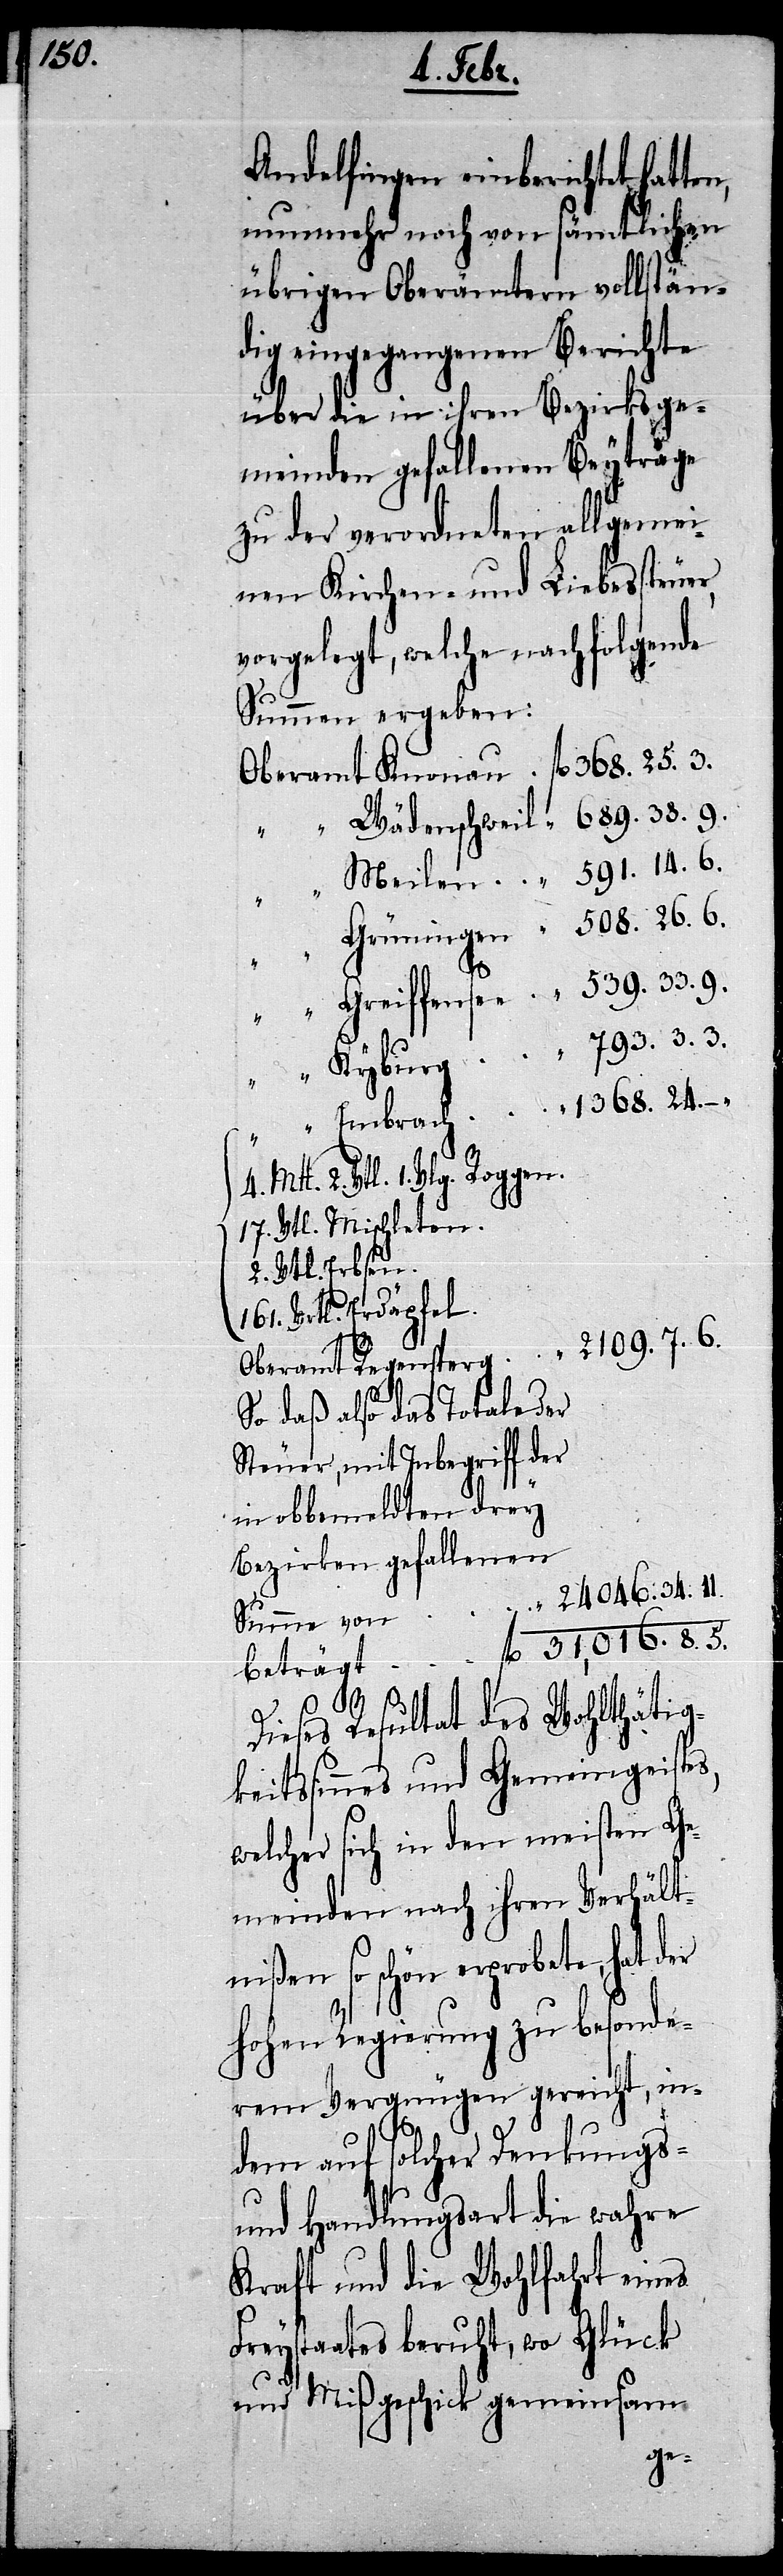
31,016.

4. Mtt.
Andelfingen einberichtet hatte¬
nunmehr noch von sämtlichen
übrigen Oberämtern vollstän¬
dig eingegangenen Berichte
über die in ihren Bezirksge¬
meinden gefallenen Beyträge
zu der verordneten allgemei¬
nen Kirchen- und Liebessteuer,
vorgelegt, welche nachfolgende
Summen ergeben:
8.
2. Vtl. 1. Vlg. Roggen.
17. Vtl. Mischleten.
2. Vtl. Erbsen.
161. Vrtl. Erdäpfel.
2109. 7. 6.
So daß also das Totale der
Steuer, mit Inbegriff der
in obbemeldten drey
Bezirken gefallenen
5.
fl.
Dieses Resultat des Wohlthätig¬
keitssinnes und Gemeingeistes,
welcher sich in den meisten Ge¬
meinden nach ihren Verhält¬
nißen so schön erprobete, hat der
hohen Regierung zu besonde¬
rem Vergnügen gereicht, in¬
dem auf solcher Denkungs-
und Handlungsart die wahre
Kraft und die Wohlfahrt eines
Freystaates beruht, wo Glück
und Mißgeschick gemeinsam